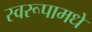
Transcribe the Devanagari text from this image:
स्वरूपामधे